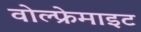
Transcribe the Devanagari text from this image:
वोल्फ्रेमाइट